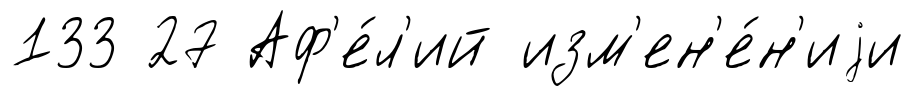
133 27 Аф'е́л'ий изм'ен'е́н'иjи